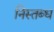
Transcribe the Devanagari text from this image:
निस्तब्ध